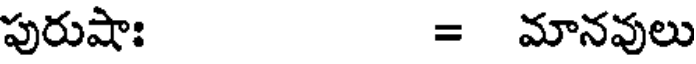
పురుషాః = మానవులు